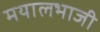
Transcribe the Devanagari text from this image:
मयालभाजी